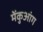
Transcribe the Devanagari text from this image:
मेंकुआंग